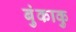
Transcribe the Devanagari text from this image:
बुंकाकु